Problem: 8 × 5 = ?
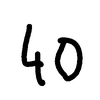
Handwritten answer: 40